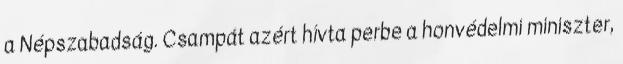
a Népszabadság. Csampát azért hívta perbe a honvédelmi miniszter,